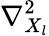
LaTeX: \nabla_{X_{l}}^{2}